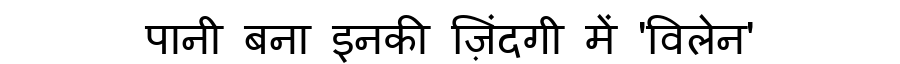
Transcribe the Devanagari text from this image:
पानी बना इनकी ज़िंदगी में 'विलेन'